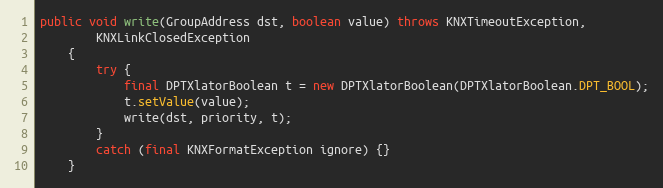
Language: Java
public void write(GroupAddress dst, boolean value) throws KNXTimeoutException,
		KNXLinkClosedException
	{
		try {
			final DPTXlatorBoolean t = new DPTXlatorBoolean(DPTXlatorBoolean.DPT_BOOL);
			t.setValue(value);
			write(dst, priority, t);
		}
		catch (final KNXFormatException ignore) {}
	}